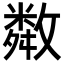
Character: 𢿻